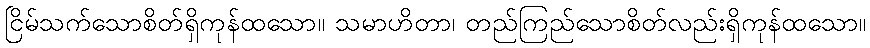
ငြိမ်သက်သောစိတ်ရှိကုန်ထသော။ သမာဟိတာ၊ တည်ကြည်သောစိတ်လည်းရှိကုန်ထသော။